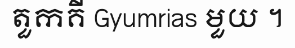
តួកគី Gyumrias មួយ ។